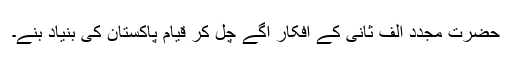
حضرت مجدد الف ثانیؒ کے افکار آگے چل کر قیام پاکستان کی بنیاد بنے۔